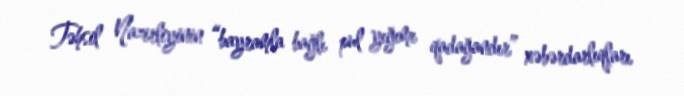
Təhsil Nazirliyinin “bayramla bağlı pul yığımı qadağandır” xəbərdarlıqları